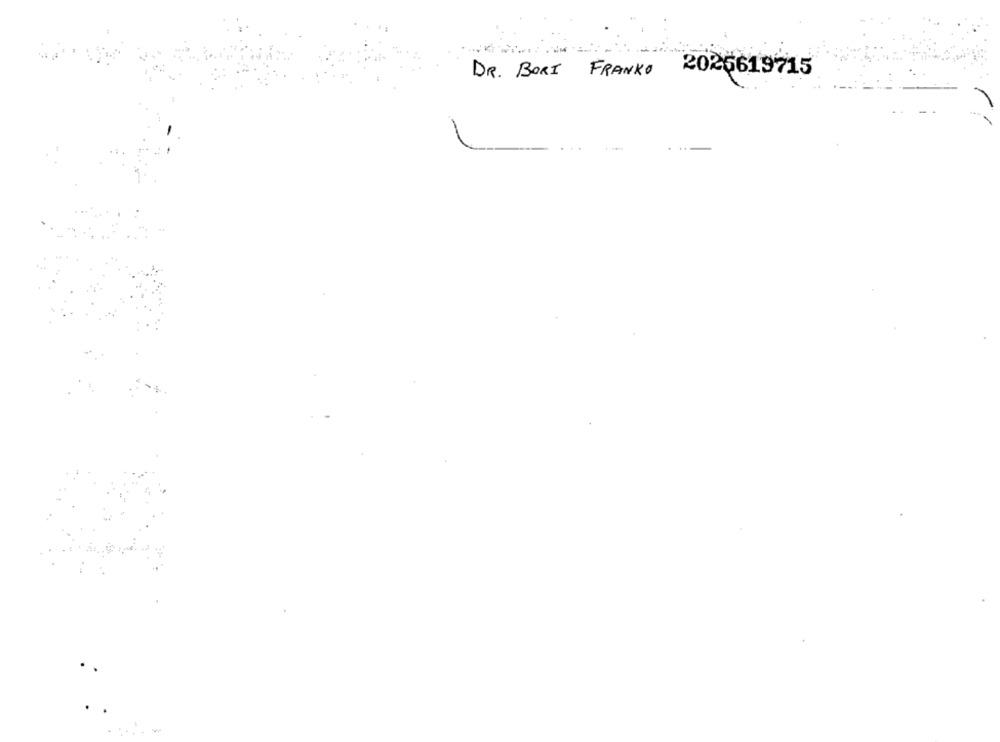
DR. BORT
FRANKO
2026619715